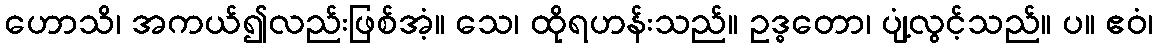
ဟောသိ၊ အကယ်၍လည်းဖြစ်အံ့။ သေ၊ ထိုရဟန်းသည်။ ဥဒ္ဓတော၊ ပျံ့လွင့်သည်။ ပ။ ဧဝံ၊